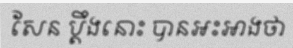
សែន ប្តឹងនោះ បានអះអាងថា